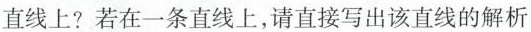
直线上?若在一条直线上，请直接写出该直线的解析